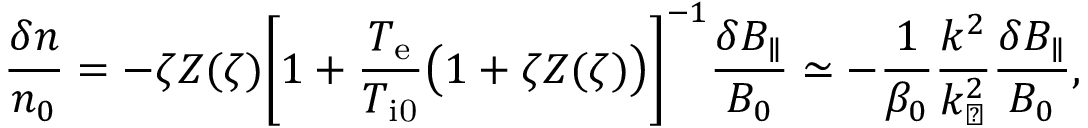
\frac { \delta n } { n _ { 0 } } = - \zeta Z ( \zeta ) \biggl [ 1 + \frac { T _ { \mathrm { e } } } { T _ { \mathrm { i 0 } } } \bigl ( 1 + \zeta Z ( \zeta ) \bigr ) \biggr ] ^ { - 1 } \frac { \delta B _ { \parallel } } { B _ { 0 } } \simeq - \frac { 1 } { \beta _ { 0 } } \frac { k ^ { 2 } } { k _ { \perp } ^ { 2 } } \frac { \delta B _ { \parallel } } { B _ { 0 } } ,